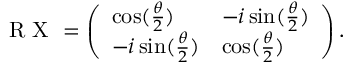
\mathrm { ~ R ~ X ~ } = \left( \begin{array} { l l } { \cos ( \frac { \theta } { 2 } ) } & { - i \sin ( \frac { \theta } { 2 } ) } \\ { - i \sin ( \frac { \theta } { 2 } ) } & { \cos ( \frac { \theta } { 2 } ) } \end{array} \right) .